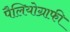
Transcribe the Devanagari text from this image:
पैलियोग्राफी